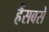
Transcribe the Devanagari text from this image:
हैंसबसे